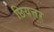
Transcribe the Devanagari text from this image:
छियत्तर